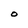
Character: o